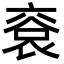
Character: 䘱